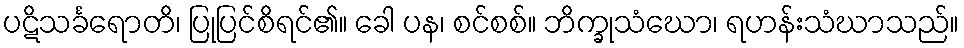
ပဋိသင်္ခရောတိ၊ ပြုပြင်စိရင်၏။ ခေါ ပန၊ စင်စစ်။ ဘိက္ခုသံဃော၊ ရဟန်းသံဃာသည်။